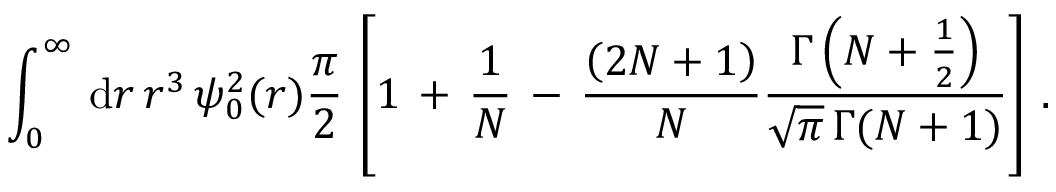
\begin{array} { l } { \displaystyle \int _ { 0 } ^ { \infty } \, \mathrm { d } r \, r ^ { 3 } \, \psi _ { 0 } ^ { 2 } ( \boldsymbol { r } ) \frac \pi 2 \, \left[ 1 \, + \, \frac 1 N \, - \, \frac { \left( 2 N + 1 \right) } { N } \frac { \Gamma \left( N + \frac 1 2 \right) } { \sqrt \pi \, \Gamma ( N + 1 ) } \right] \, . } \end{array}